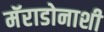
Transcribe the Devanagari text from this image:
मॅराडोनाशी